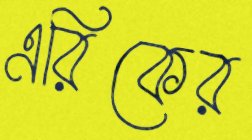
এরিকের